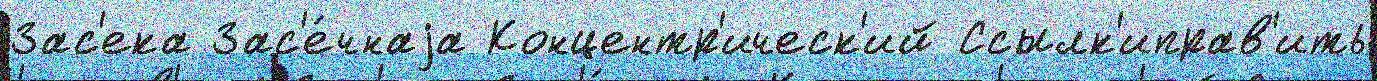
Зас'ека Зас'е́чнаjа Концентр'ическ'ий Ссылк'иправ'ить